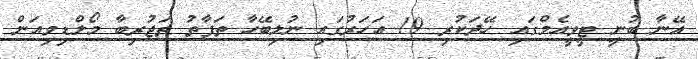
އޭނާ ބުނީ ޓީވީއެމްގައި ހޭދަކުރި 19 އަހަރުގައި ނުލިބޭހާ ތަފާތު ތަޖުރިބާ މޯލްޑިވިއަން